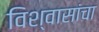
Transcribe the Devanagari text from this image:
विश्वासांचा